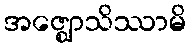
အဇ္ဈောသိဿာမိ